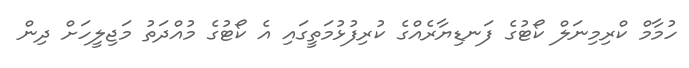
ހުމާމް ކްރިމިނަލް ކޯޓުގެ ފަނޑިޔާރެއްގެ ކުރިފުޅުމަތީގައި އެ ކޯޓުގެ މުއްދަތު މަޖިލީހަށް ދިން